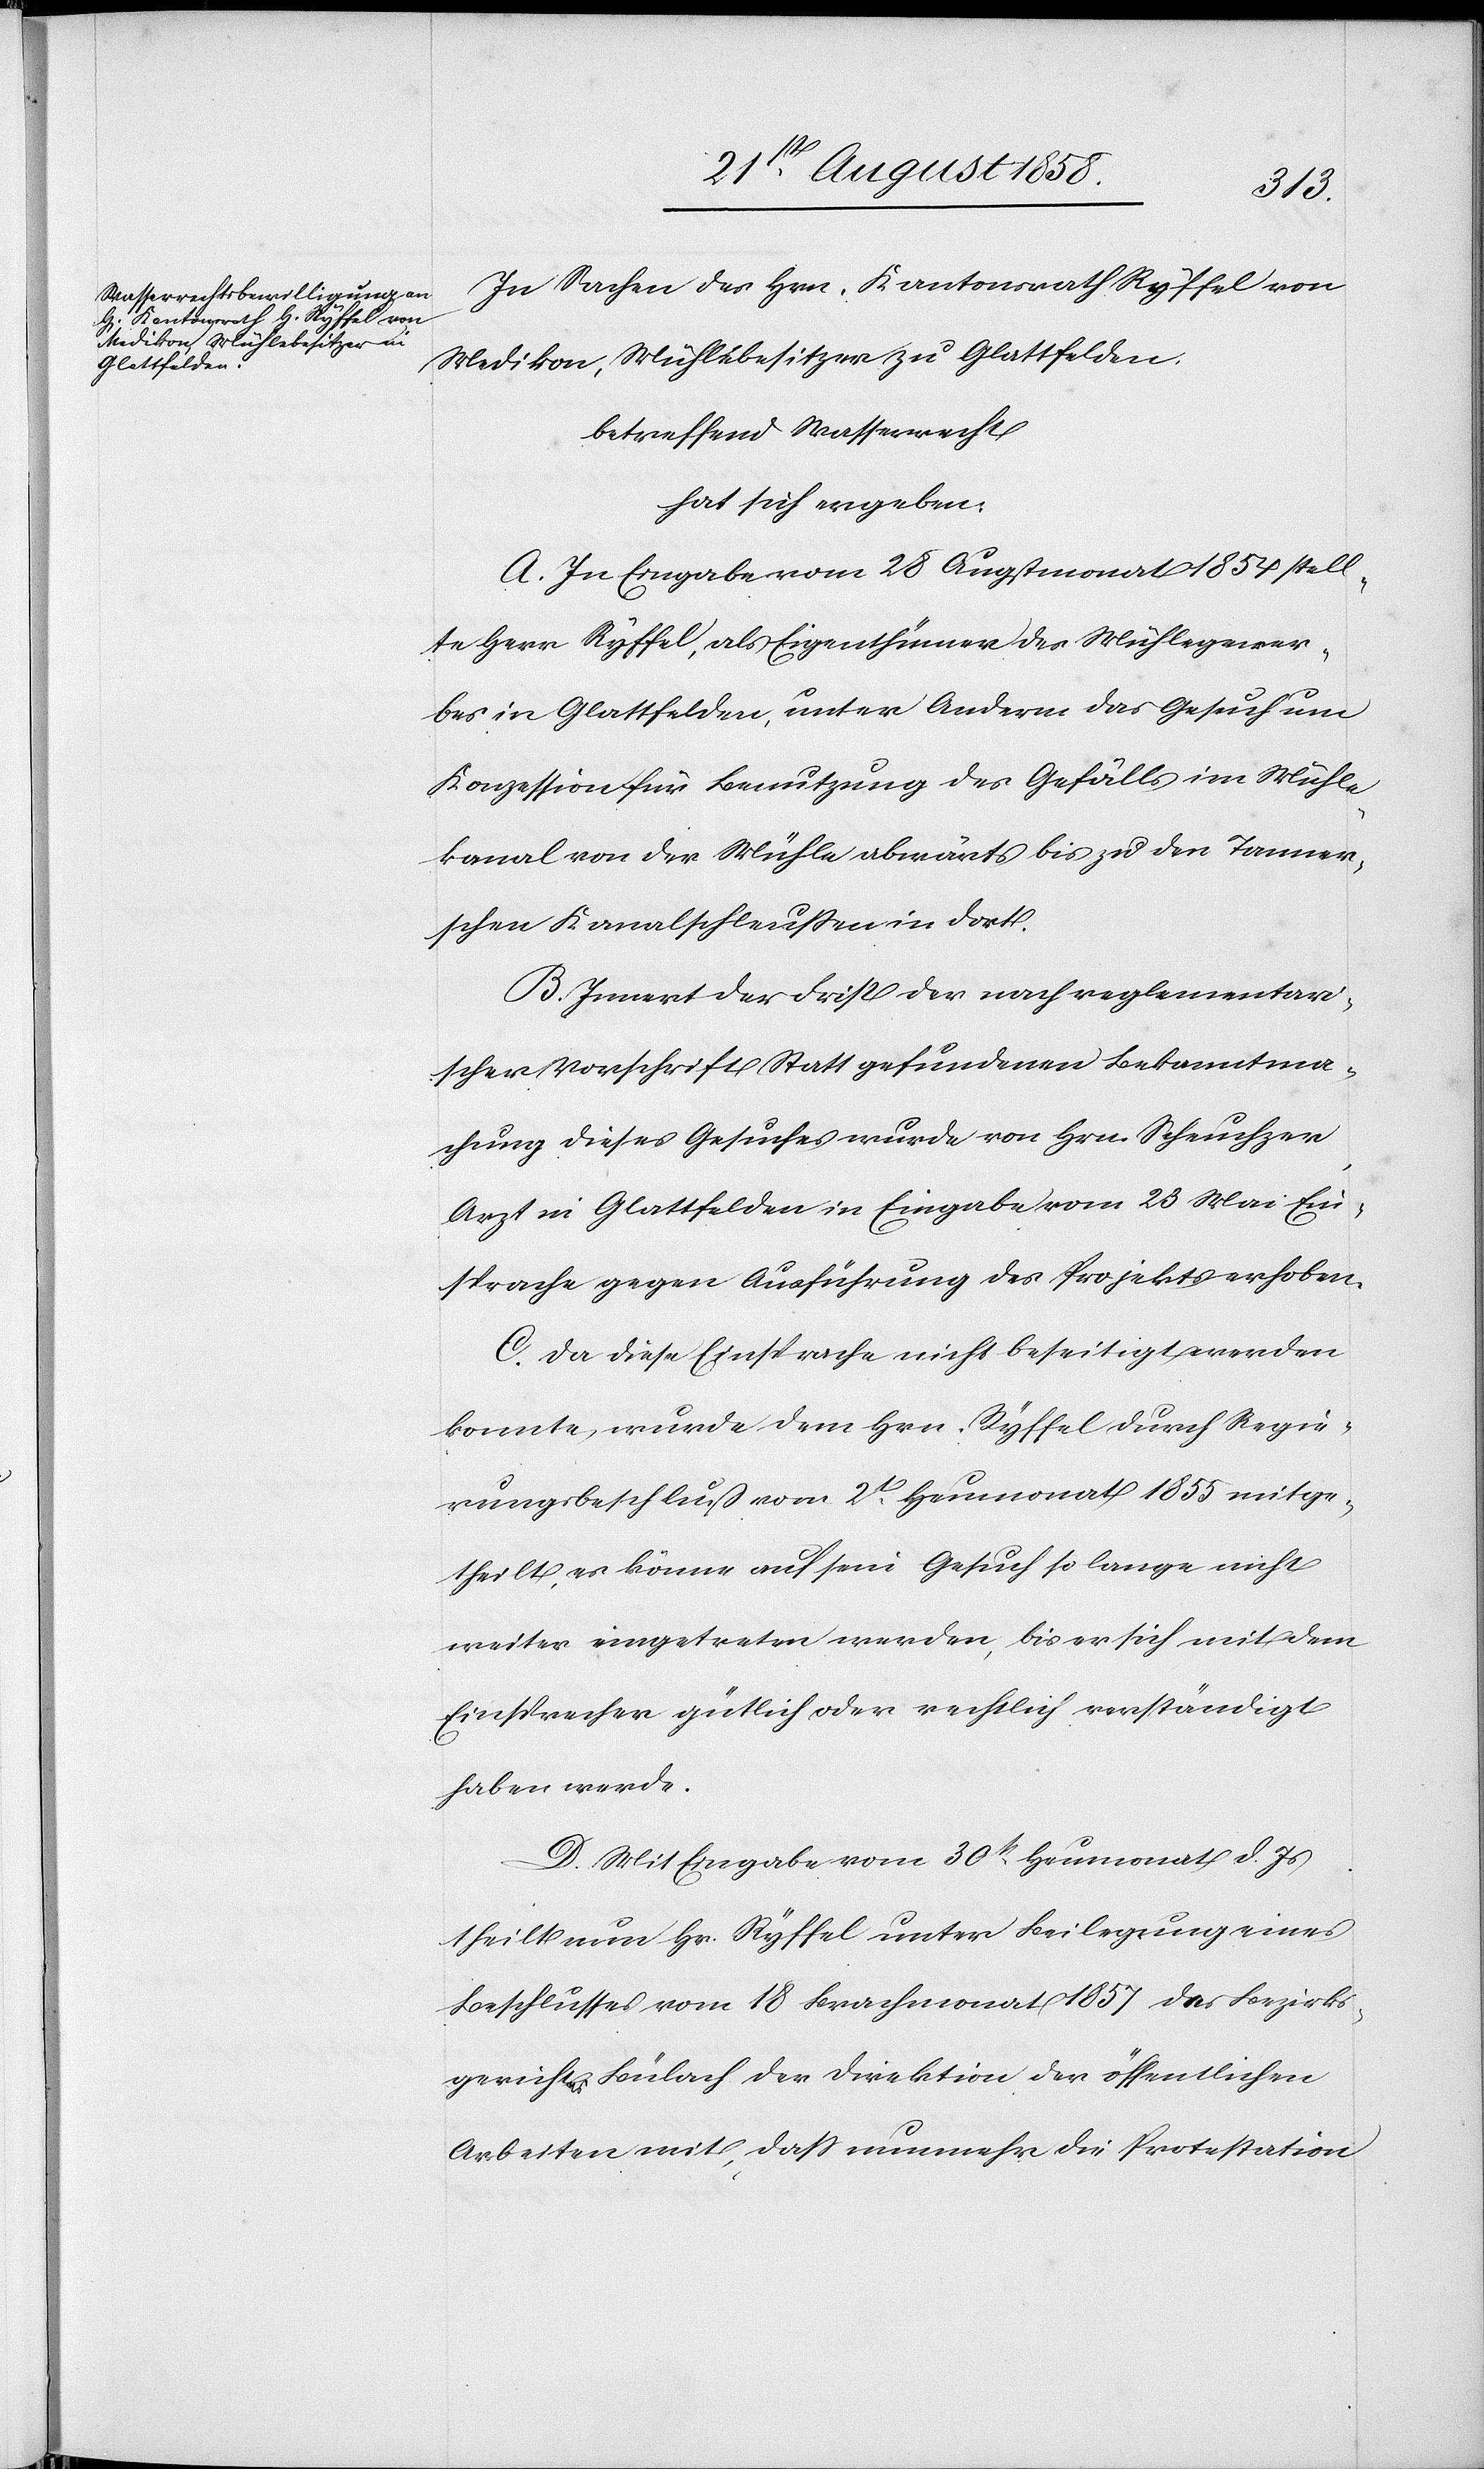
In Sachen des Hrn. Kantonsrath Ryffel von
Medikon, Mühlebesitzer zu Glattfelden,
betreffend Wasserrecht
hat sich ergeben:
A. In Eingabe vom 28 Augstmonat 1854 stell¬
te Herr Ryffel, als Eigenthümer des Mühlegewer¬
bes in Glattfelden, unter Anderm das Gesuch um
Konzession für Benutzung des Gefälls im Mühle¬
kanal von der Mühle abwärts bis zu den Tanner¬
schen Kanalschleussen in dort
B. Innert der Frist der nach reglementari¬
scher Vorschrift Statt gefundenen Bekanntma¬
chung dieses Gesuches wurde von Hrn. Scheuchzer
Arzt in Glattfelden in Eingabe vom 23 Mai Ein¬
sprache gegen Ausführung des Projekts erhoben.
C. Da diese Einsprache nicht beseitigt werden
konnte, wurde dem Hrn. Ryffel durch Regie¬
rungsbeschluß vom 2t Heumonat 1855 mitge¬
theilt, es könne auf sein Gesuch so lange nicht
weiter eingetreten werden, bis er sich mit dem
Einsprecher gütlich oder rechtlich verständigt
haben werde.
D. Mit Eingabe vom 30st Heumonat d. Js
theilt nun Hr. Ryffel unter Beilegung eines
Beschlusses vom 18 Brachmonat 1857 des Bezirks¬
gerichtes Bülach der Direktion der öffentlichen
Arbeiten mit, dass nunmehr die Protestation